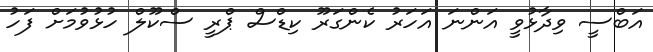
އަބްސީ ވިދާޅުވީ އަންނަ އަހަރު ކެންގަރޫ ކިޑްސް ޕްރީ ސްކޫލް ހުޅުވުމަށް ފަހު